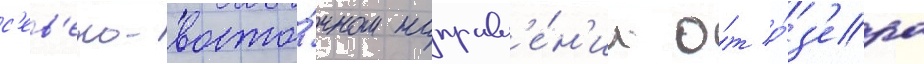
с'ев'еро-восто́чном направл'е́н'ии о́т о́з'ера